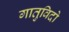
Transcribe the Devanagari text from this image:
गातुविदो